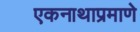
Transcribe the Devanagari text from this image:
एकनाथाप्रमाणे